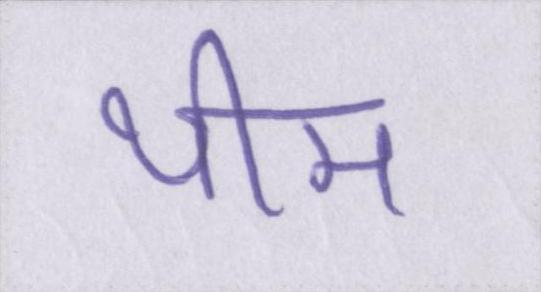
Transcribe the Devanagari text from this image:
थीम